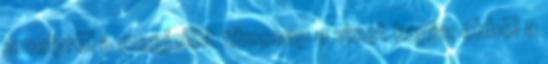
amelyrõl a megjelölt tûzcsap a vizet kapja; ebbõl a